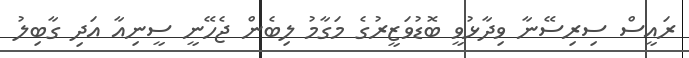
ރައީސް ސިރިސޭނާ ވިދާޅުވީ ބޮޑުވަޒީރުގެ މަގާމު ލިބެން ޖެހޭނީ ސީނިއާ އަދި ގާބިލު